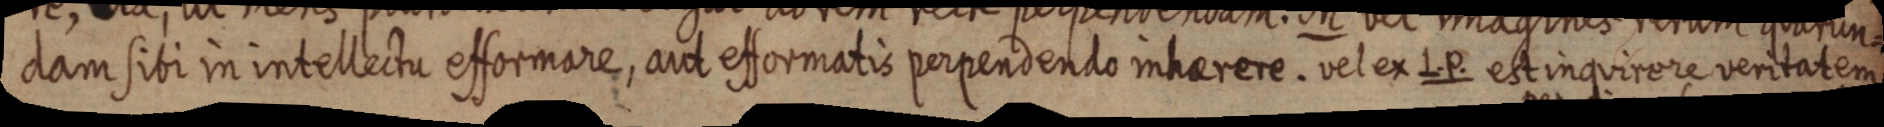
dam sibi in intellectu efformare, aut efformatis perpendendo inharere. vel ex L. P. est inquirere veritatem